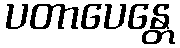
ပတာပေန္တေ